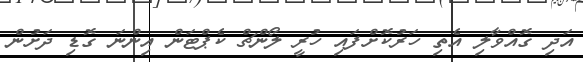
އަދި ގޮއްވާލި އެތި ހަރުކޮށްފައި ހުރީ ލޯންޗް ކެޕްޓަން އިންނަ ގޮޑި ދަށުން